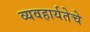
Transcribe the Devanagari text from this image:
व्यवहार्यतेचे